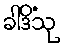
ခါဒိံသု